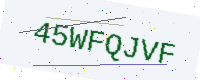
Text: 45WFQJVF